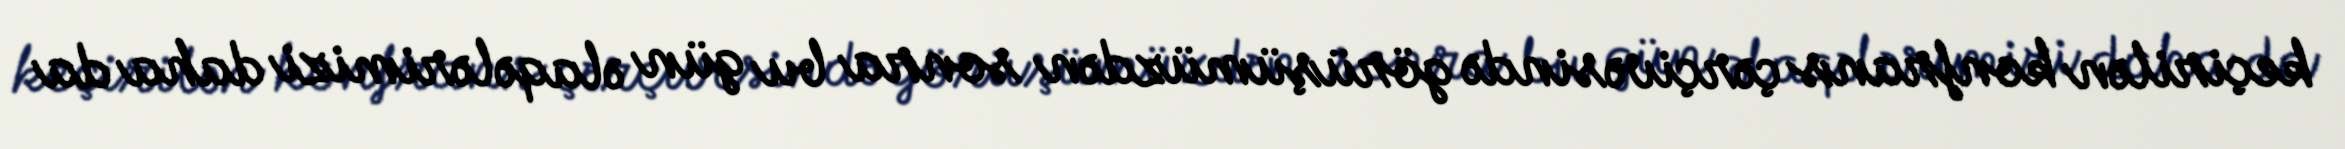
keçirilən konfrans çərçivəsində görüşümüzdən sonra bu gün əlaqələrimizi daha da